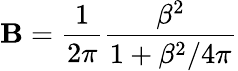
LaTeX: \mathbf{B}=\frac{{1}}{{2\pi}}\frac{{\beta^{2}}}{{1+\beta^{2}/4\pi}}